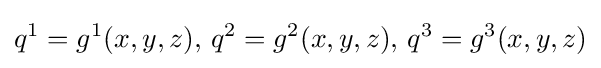
q^{1}=g^{1}(x,y,z),\,q^{2}=g^{2}(x,y,z),\,q^{3}=g^{3}(x,y,z)